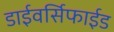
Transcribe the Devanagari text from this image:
डाईवर्सिफाईड